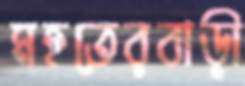
মহতেরবাড়ী